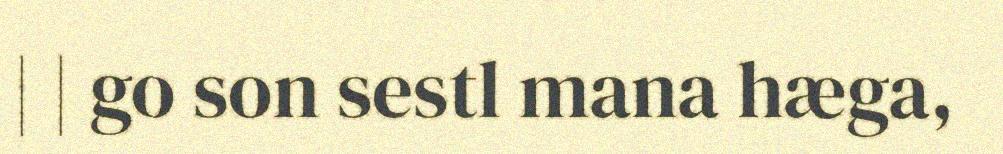
| | go son sestl mana hæga,